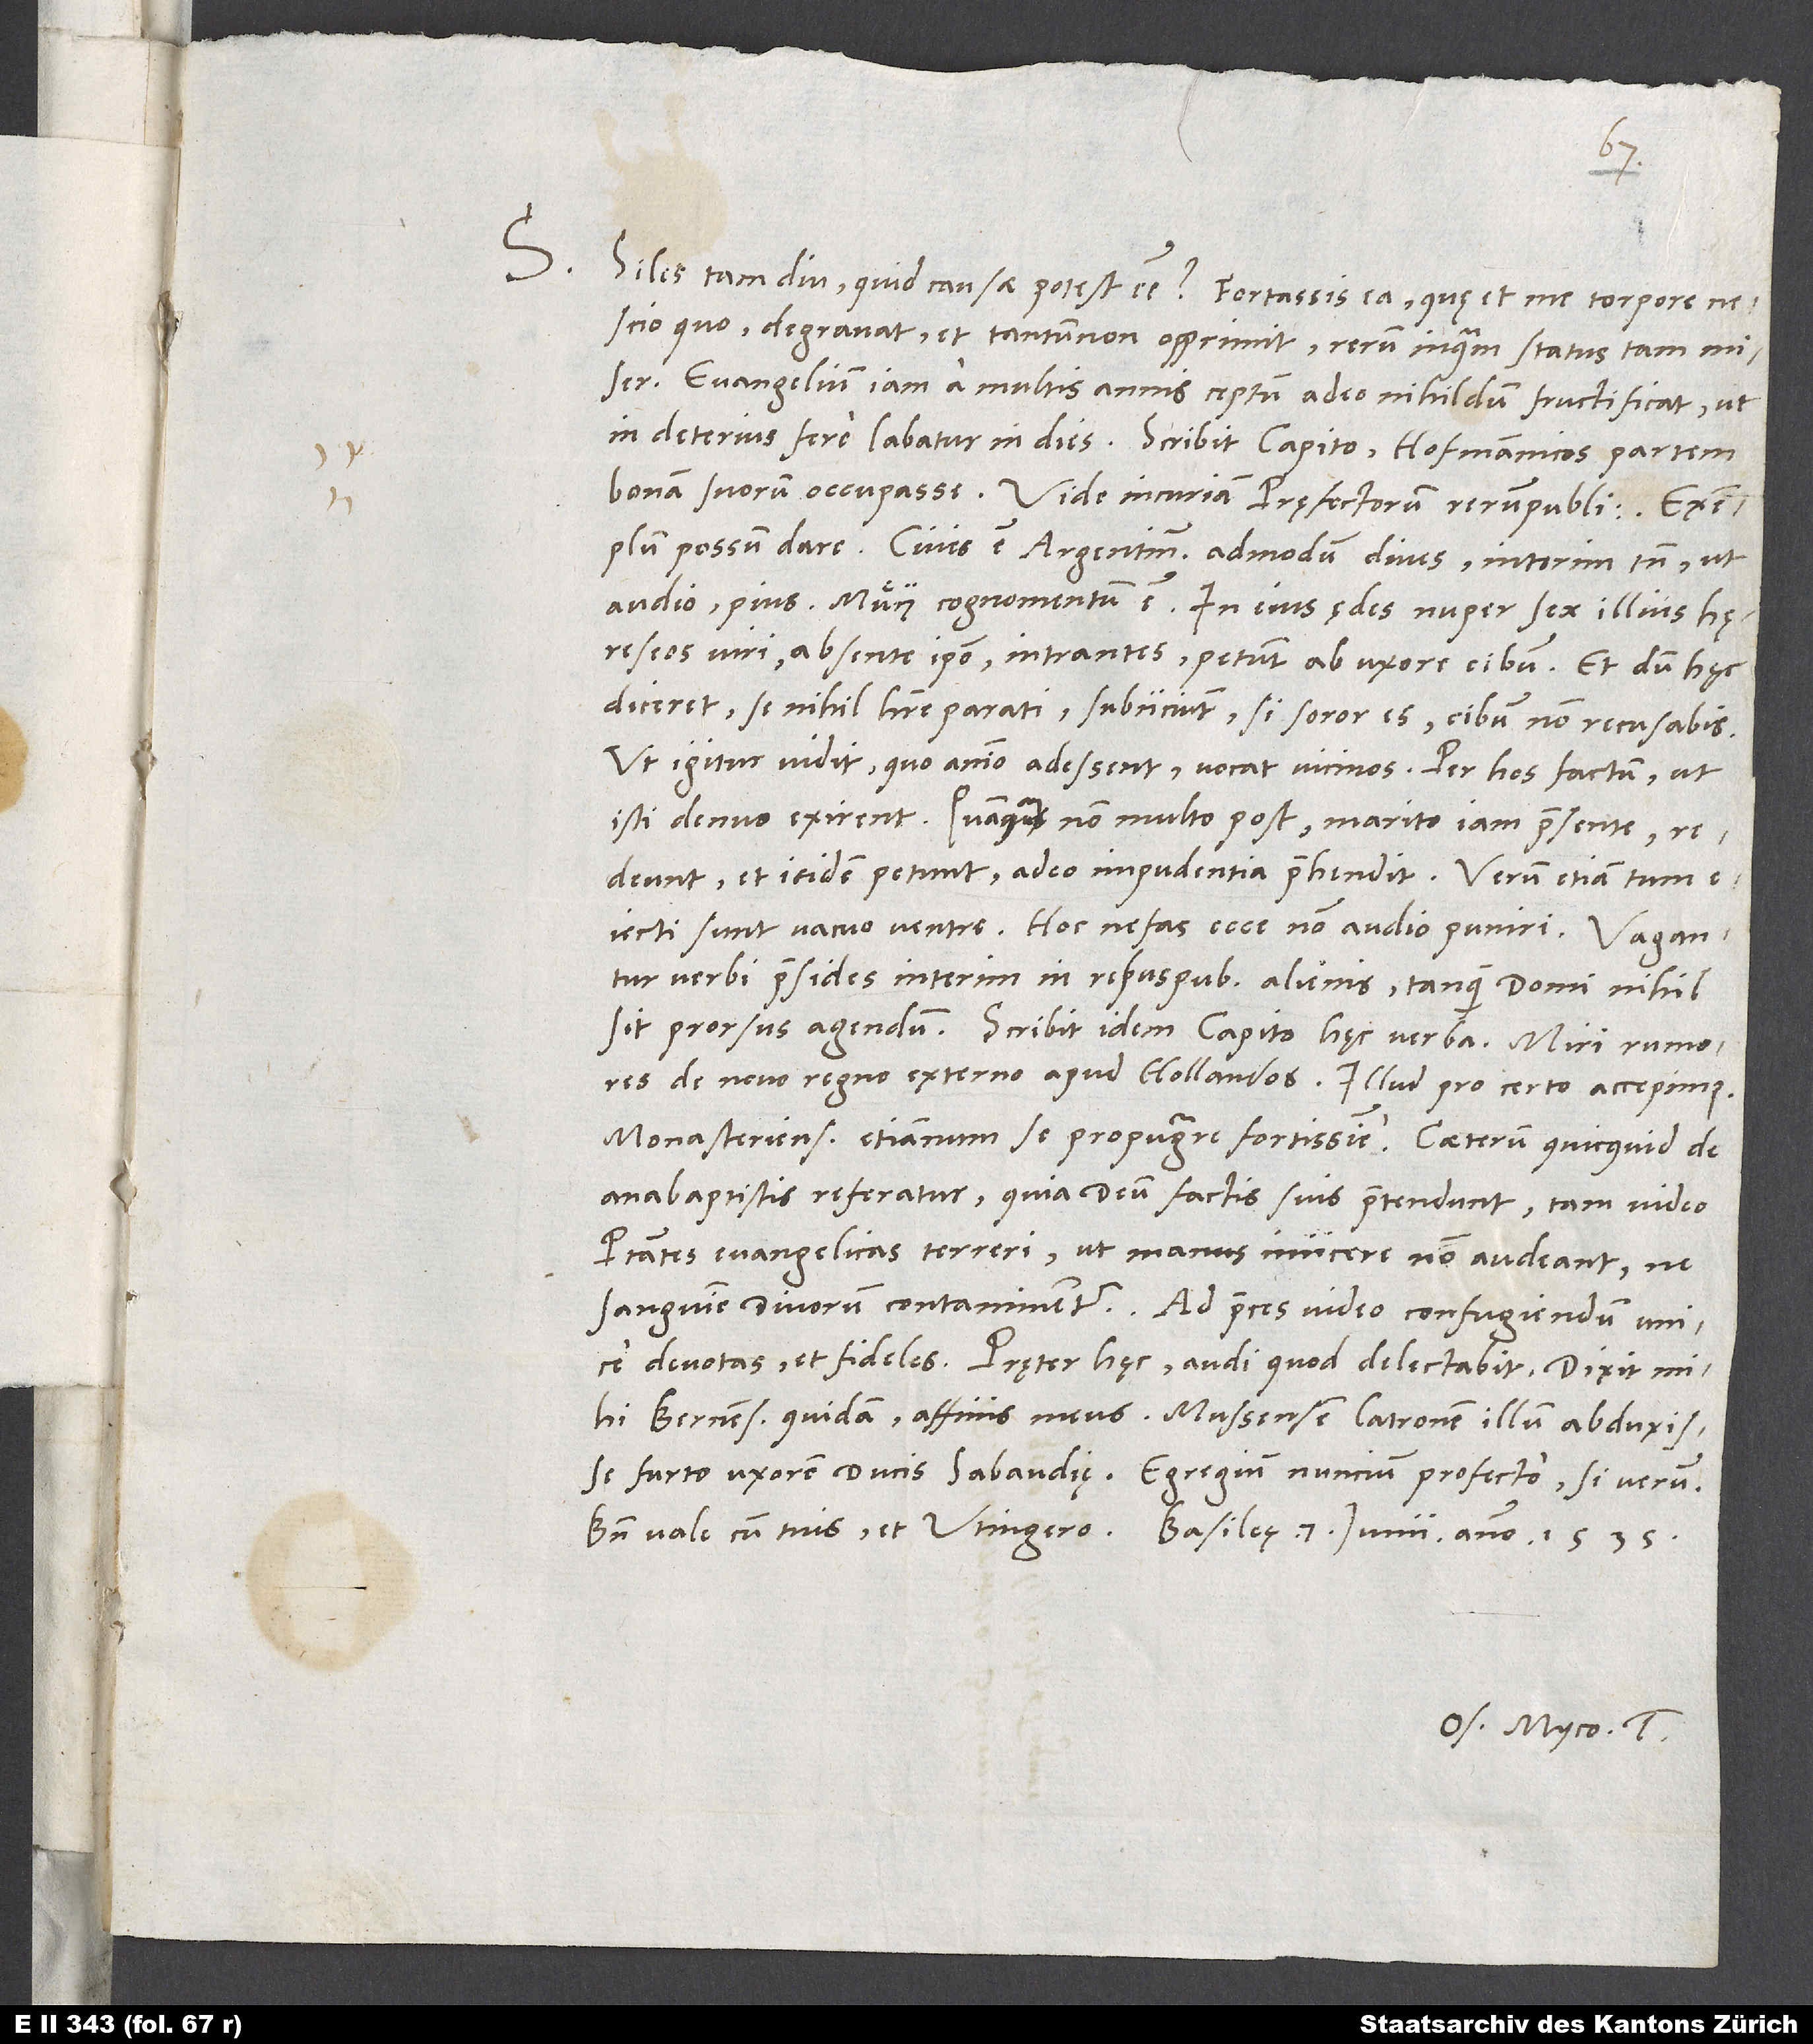
S. Siles tam diu. Quid causae potest esse? Fortassis ea, quę et me torpore
nescio quo degravat et tantum non opprimit, rerum inquam status tam miser.
Evangelium iam a multis annis ceptum adeo nihildum fructificat, ut
bonam suorum occupasse. Vide incuriam pręfectorum rerumpublicarum! Exemplum
possum dare: Civis est Argentinensis admodum dives, interim tamen, ut
audio, pius; Muͤy cognomentum est In eius ędes nuper sex illius
hęreseos viri absente ipso intrantes petunt ab uxore cibum, et dum hęc
diceret se nihil habere parati, subiiciunt: "Si soror es, cibum non recusabis."
Ut igitur vidit, quo animo adessent, vocat vicinos. Per hos factum, ut
isti denuo exirent, quamquam non multo post marito iam praesente
redeunt et itidem petunt. Adeo impudentia prehendit. Verum etiam tum
eiecti sunt vacuo ventre. Hoc nefas ecce non audio puniri. Vagantur
verbi praesides interim in rebuspublicis alienis, tanquam domi nihil
de novo regno externo apud Hollandos. Illud pro certo accepimus,
Monasterienses etiamnum se propugnare fortissime. Caeterum quicquid de
anabaptistis referatur, quia deum factis suis praetendunt, tam video
potestates evangelicas terreri, ut manus miicere non audeant, ne
sanguine divorum contaminentur. Ad preces video confugiendum unice
mihi Bernensis quidam, affinis meus, Mussensem latronem illum abduxisse
furto uxorem ducis Sabaudiae. Egregium nuncium profecto, si verum.
Os. Myco. tuus.